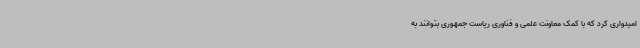
امیدواری کرد که با کمک معاونت علمی و فناوری ریاست جمهوری بتوانند به